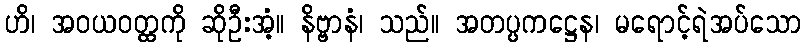
ဟိ၊ အဝယဝတ္ထကို ဆိုဦးအံ့။ နိဗ္ဗာနံ၊ သည်။ အတပ္ပကဋ္ဌေန၊ မရောင့်ရဲအပ်သော